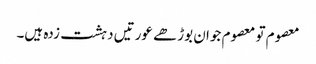
معصوم تو معصوم جوان بوڑھے عورتیں دہشت زدہ ہیں۔